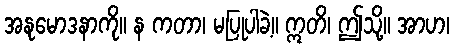
အနုမောဒနာကို။ န ကတာ၊ မပြုပါခဲ့။ ဣတိ၊ ဤသို့။ အာဟ၊